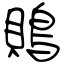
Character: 鵙